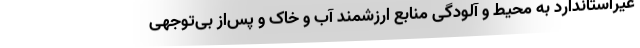
غیراستاندارد به محیط و آلودگی منابع ارزشمند آب و خاک و پس‌از بی‌توجهی